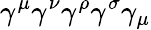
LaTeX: \gamma^{\mu}\gamma^{\nu}\gamma^{\rho}\gamma^{\sigma}\gamma_{\mu}